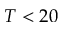
T < 2 0